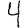
Digit: 4